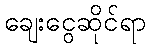
ချေးငွေဆိုင်ရာ